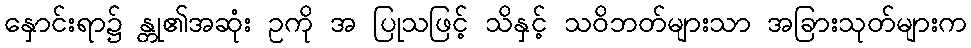
နှောင်းရာ၌ န္တု၏အဆုံး ဥကို အ ပြုသဖြင့် သိနှင့် သဝိဘတ်များသာ အခြားသုတ်များက